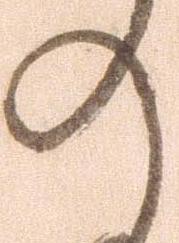
の